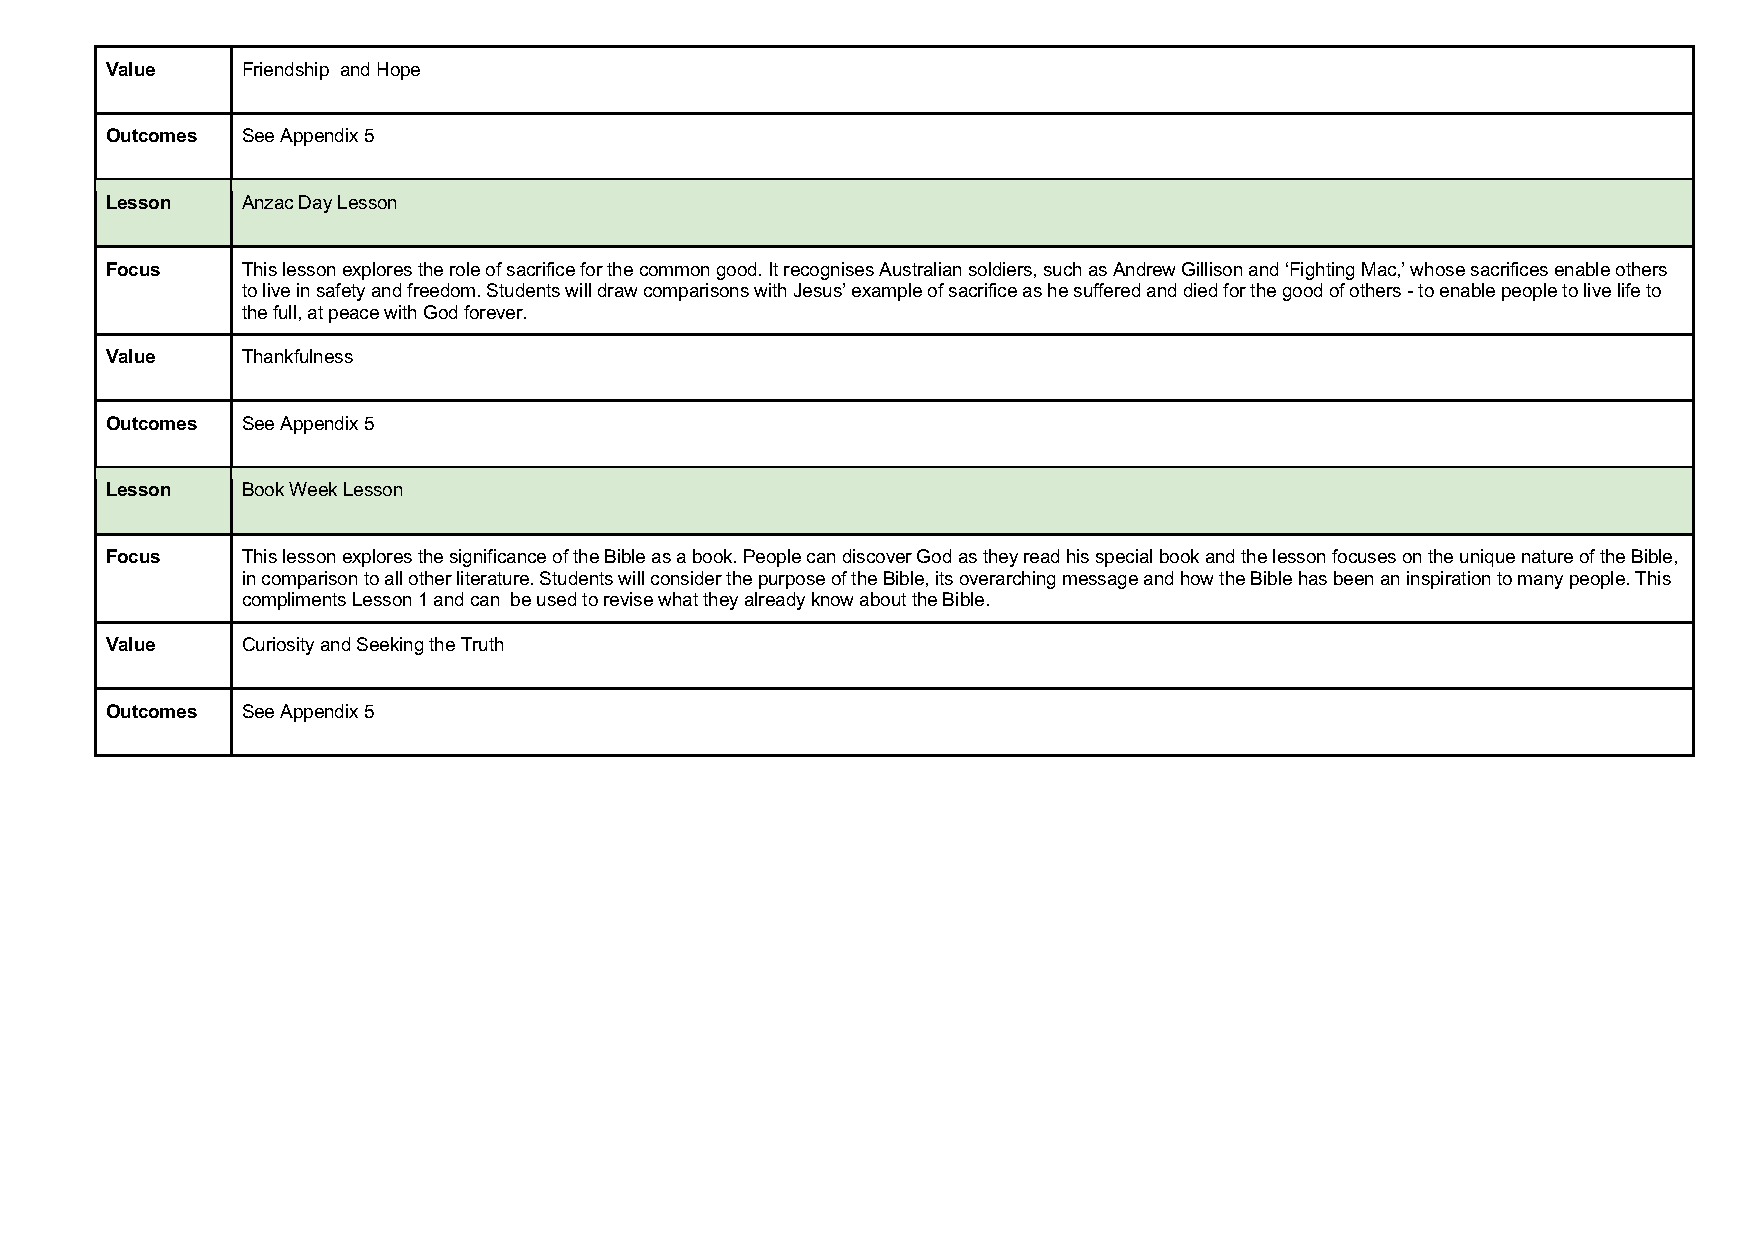
Value    Friendship and Hope
 Outcomes See Appendix 5
 Lesson   Anzac Day Lesson
 Focus    This lesson explores the role of sacrifice for the common good. It recognises Australian soldiers, such as Andrew Gillison and ‘Fighting Mac,’ whose sacrifices enable others
 to live in safety and freedom. Students will draw comparisons with Jesus’ example of sacrifice as he suffered and died for the good of others - to enable people to live life to
 the full, at peace with God forever.
 Value    Thankfulness
 Outcomes See Appendix 5
 Lesson   Book Week Lesson
 Focus    This lesson explores the significance of the Bible as a book. People can discover God as they read his special book and the lesson focuses on the unique nature of the Bible,
 in comparison to all other literature. Students will consider the purpose of the Bible, its overarching message and how the Bible has been an inspiration to many people. This
 compliments Lesson 1 and can be used to revise what they already know about the Bible.
 Value    Curiosity and Seeking the Truth
 Outcomes See Appendix 5